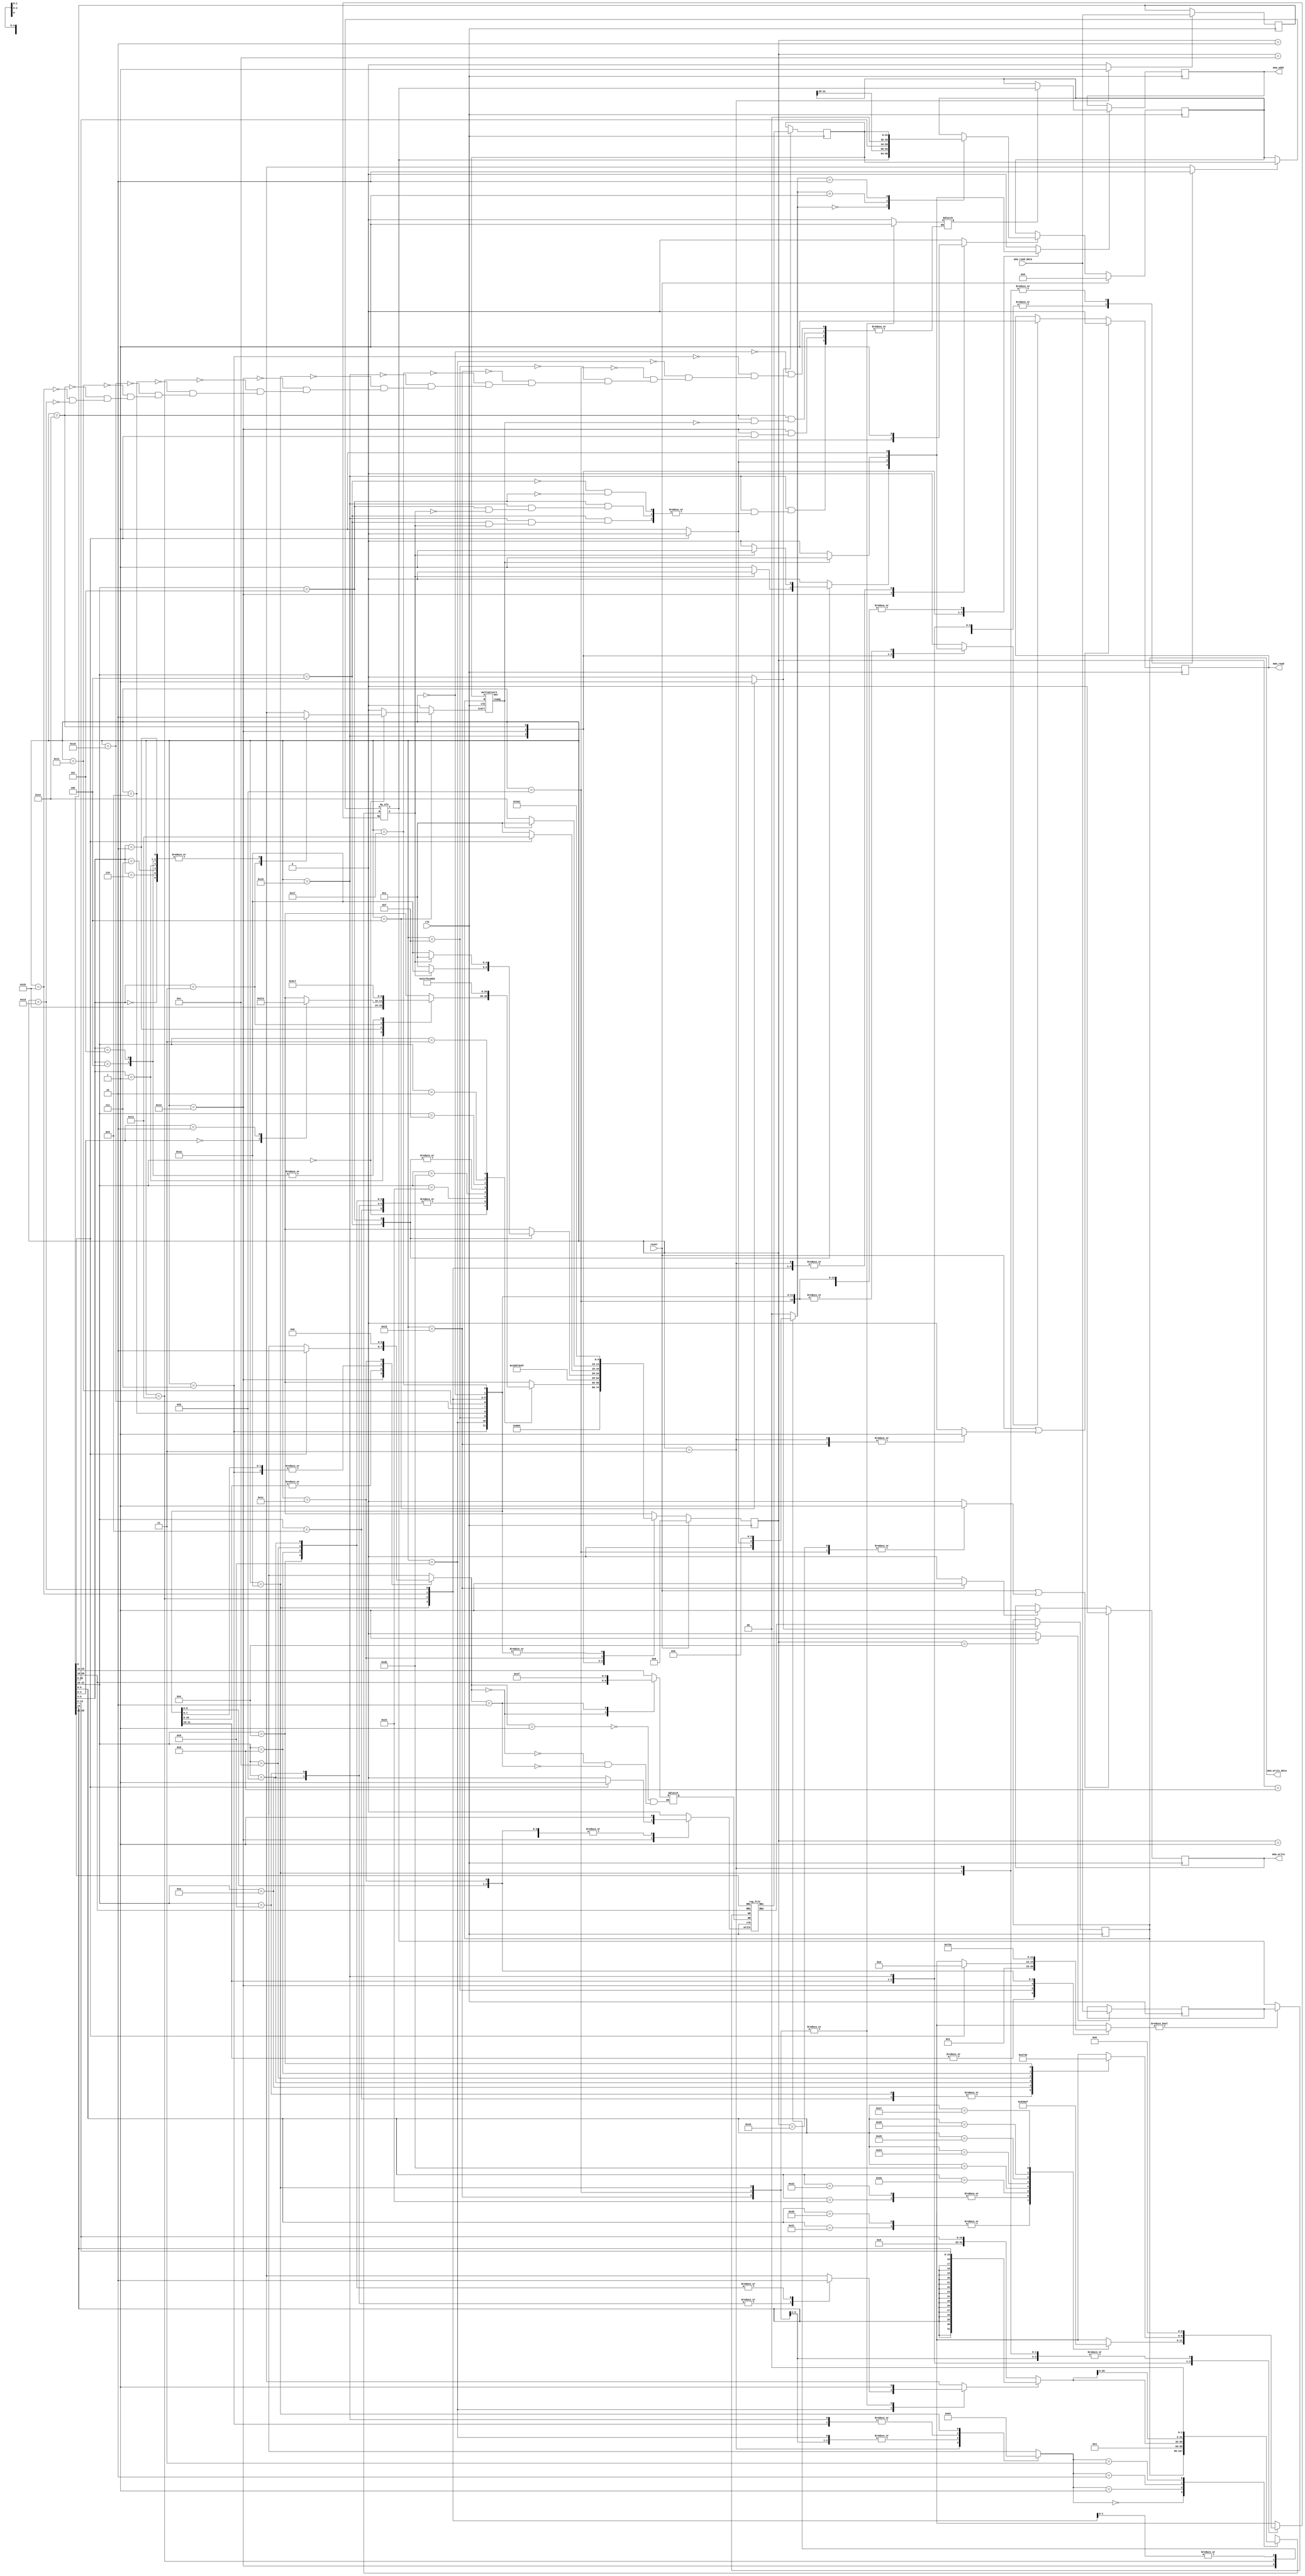
//================================
//  Shayan GhalehDar - 97102271
//================================

`timescale 1ns/100ps

   `define ADD  3'b000
   `define SUB  3'b001
   `define SLT  3'b010
   `define SLTU 3'b011
   `define AND  3'b100
   `define XOR  3'b101
   `define OR   3'b110
   `define NOR  3'b111

module multi_cycle_mips(

   input clk,
   input reset,

   // Memory Ports
   output  [31:0] mem_addr,
   input   [31:0] mem_read_data,
   output  [31:0] mem_write_data,
   output         mem_read,
   output         mem_write
);

   // Data Path Registers
   reg MRE, MWE;//memory write enable and memory read enable
   reg [31:0] A, B, PC, IR, MDR, MAR;//MDR = memory data register & MAR = memory addres register & IR = instruction register

   // Data Path Control Lines, donot forget, regs are not always regs !!
   reg setMRE, clrMRE, setMWE, clrMWE;//memory read & write enable
   reg Awrt, Bwrt, RFwrt, PCwrt, IRwrt, MDRwrt, MARwrt, IorD;
   reg [1:0] PCSrc;
   reg [31:0] hi;
   reg [31:0] lo;
   reg mult_start;
   reg ready_mult;

   wire mul_start = mult_start;
   wire [63:0]Out_w = {hi , lo};
   wire ready_mul = ready_mult;

   // Memory Ports Binding
   assign mem_addr = MAR;//memory address register
   assign mem_read = MRE;
   assign mem_write = MWE;
   assign mem_write_data = B;

   // Mux & ALU Control Lines
   reg [2:0] aluOp;
   reg [1:0] aluSelB;
   reg SgnExt, aluSelA;
   reg [2:0]MemtoReg;
   reg [1:0]RegDst;
   
   // Wiring
   wire aluZero;
   wire [31:0] aluResult, rfRD1, rfRD2;
   wire [31:0] pcjump;
   assign pcjump = {PC [31:28] , IR[25:0] , 2'b00 };

   // Clocked Registers
   always @( posedge clk ) begin
      if( reset )
         PC <= #0.1 32'h00000000;
      else if( PCwrt )
		case(PCSrc)
			2'b00: PC <= #0.1 aluResult;
			2'b01: PC <= #0.1 pcjump;
			2'b10: PC <= #0.1 A;
		endcase
      if( Awrt ) A <= #0.1 rfRD1;
      if( Bwrt ) B <= #0.1 rfRD2;

      if( MARwrt ) MAR <= #0.1 IorD ? aluResult : PC;

      if( IRwrt ) IR <= #0.1 mem_read_data;
      if( MDRwrt ) MDR <= #0.1 mem_read_data;//when we want to load we read data from data memory(the lower mux)

      if( reset | clrMRE ) MRE <= #0.1 1'b0;
          else if( setMRE) MRE <= #0.1 1'b1;

      if( reset | clrMWE ) MWE <= #0.1 1'b0;
          else if( setMWE) MWE <= #0.1 1'b1;
   end

   //mux_regdst
   reg [4:0]A3;
   always@(*)
    begin
	case(RegDst)
		2'b01:A3 = IR[15:11];
		2'b00:A3 = IR[20:16];
		2'b10:A3 = 5'b11111;
    endcase
	end
	
	 //mux_memtoreg
   reg [31:0]WD3;
   always@(*)
    begin
	case(MemtoReg)
		3'b001:WD3 = MDR;
		3'b000:WD3 = aluResult;
		3'b010:WD3 = PC;
		3'b011:WD3 = IR[15:0]<< 16;
		3'b100:WD3 = hi;
		3'b101:WD3 = lo;
    endcase
	end
	
   // Register File
   reg_file rf(
      .clk( clk ),
      .write( RFwrt ),

      .RR1( IR[25:21] ),
      .RR2( IR[20:16] ),
      .RD1( rfRD1 ),
      .RD2( rfRD2 ),

      .WR( A3 ),
      .WD( MemtoReg ? MDR : aluResult )
   );

   // Sign/Zero Extension
   wire [31:0] SZout = SgnExt ? {{16{IR[15]}}, IR[15:0]} : {16'h0000, IR[15:0]};//SgnExt = 1 => SZout = signextnd (imm) and Sgnext = 0 => SZot = zeroext (imm)

   // ALU-A Mux
   wire [31:0] aluA = aluSelA ? A : PC;

   // ALU-B Mux
   reg [31:0] aluB;
   always @(*)
   case (aluSelB)
      2'b00: aluB = B;
      2'b01: aluB = 32'h4;
      2'b10: aluB = SZout;
      2'b11: aluB = SZout << 2;
   endcase

   my_alu alu(
      .A( aluA ),
      .B( aluB ),
      .Op( aluOp ),

      .X( aluResult ),
      .Z( aluZero )
   );
   
   multiplier4 ml(
	 .clk(clk),
	 .A(A),
	 .B(B),
	 .start(mul_start),
	 .ready(ready_mul),
	 .Out(Out_w)
   );
   /////////////////////////////out


   // Controller Starts Here

   // Controller State Registers
   reg [4:0] state, nxt_state;

   // State Names & Numbers
   localparam
    RESET = 0, FETCH1 = 1, FETCH2 = 2, FETCH3 = 3, DECODE = 4,
    EX_ALU_R = 7, EX_ALU_I = 8,EX_LUI = 9,
    EX_LW_1 = 11, EX_LW_2 = 12, EX_LW_3 = 13, EX_LW_4 = 14, EX_LW_5 = 15,
	EX_MFHI = 16, EX_MFLO = 17,
	EX_J = 18, EX_JL = 19,
    EX_SW_1 = 21, EX_SW_2 = 22, EX_SW_3 = 23,
    EX_BRA_1 = 25, EX_BRA_2 = 26,
    EX_JR = 27, EX_JLR1 = 28, EX_JLR2 = 29,
	EX_MULT = 30;

   // State Clocked Register 
   always @(posedge clk)
      if(reset)
         state <= #0.1 RESET;
      else
         state <= #0.1 nxt_state;

   task PrepareFetch;
      begin
         IorD = 0;
         setMRE = 1;
         MARwrt = 1;
         nxt_state = FETCH1;
      end
   endtask

   // State Machine Body Starts Here
   always @( * ) begin

      nxt_state = 'bx;

      aluOp = 'bx; SgnExt = 'bx;
      aluSelA = 'bx; aluSelB = 'bx;
      MemtoReg = 'bx; RegDst = 'bx;

      PCwrt = 0; PCSrc = 0;
      Awrt = 0; Bwrt = 0;
      RFwrt = 0; IRwrt = 0;
      MDRwrt = 0; MARwrt = 0;
      setMRE = 0; clrMRE = 0;
      setMWE = 0; clrMWE = 0;
	  mult_start = 0;

      case(state)

         RESET:
            PrepareFetch;

         FETCH1:
            nxt_state = FETCH2;

         FETCH2:
            nxt_state = FETCH3;

         FETCH3: begin
            IRwrt = 1;
            PCwrt = 1;
            clrMRE = 1;
            aluSelA = 0;
            aluSelB = 2'b01;
            aluOp = `ADD;
            nxt_state = DECODE;//pc = pc + 4; done!
         end

		DECODE: begin
            Awrt = 1;
            Bwrt = 1;
            case( IR[31:26] )
                6'b000_000:             // R-format
                  case( IR[5:3] )
                     3'b000: ;
                     3'b001: nxt_state = EX_JR;
                     3'b010: case( IR[2:0] )
						3'b000: nxt_state = EX_MFHI;
						3'b010: nxt_state = EX_MFLO;
					 endcase
                     3'b011: begin nxt_state = EX_MULT; mult_start = 1; end
                     3'b100: nxt_state = EX_ALU_R;//add(u) & sub(u) & and & or & xor & nor
                     3'b101: nxt_state = EX_ALU_R;//slt & sltu
                     3'b110: ;
                     3'b111: ;
                  endcase

               6'b001_000,             // addi
               6'b001_001,             // addiu
               6'b001_010,             // slti
               6'b001_011,             // sltiu
               6'b001_100,             // andi
               6'b001_101,             // ori
               6'b001_110:             // xori
                  nxt_state = EX_ALU_I;

               6'b100_011:
                  nxt_state = EX_LW_1;

               6'b101_011:
                  nxt_state = EX_SW_1;

               6'b000_100,
               6'b000_101:
                  nxt_state = EX_BRA_1;//beq & bne
				6'b001_111:
					nxt_state = EX_LUI;
					
				6'b000_010:
					nxt_state = EX_J;
				6'b000_011:
					nxt_state = EX_JL;
					
					
                  
                  

               // rest of instructiones should be decoded here

            endcase
         end

		EX_ALU_R: begin
	    aluSelA = 1;
	    aluSelB = 2'b00;
	    case(IR[5:0])
		6'b100_000,
		6'b100_001:
		    aluOp = `ADD;
		6'b100_010,
		6'b100_011:
		    aluOp = `SUB;
		6'b101_010:
		    aluOp = `SLT;
		6'b101_011:
		    aluOp = `SLTU;
		6'b100_100:
		    aluOp = `AND;
		6'b100_101:
		    aluOp = `OR;
		6'b100_110:
		    aluOp = `XOR;
		6'b100_111:
		    aluOp = `NOR;
		default : aluOp = 3'bxxx;
	    endcase
	    RegDst = 1;
	    MemtoReg = 0;
	    RFwrt = 1;
		PCwrt = 0;
        PrepareFetch;
         end

		EX_ALU_I: begin
        aluSelA = 1;
	    aluSelB = 2'b10;
	    case(IR[31:26])//for operation
		6'b001_000,
		6'b001_001:
		    aluOp = `ADD;
		6'b001_010:
		    aluOp = `SLT;
		6'b001_011:
		    aluOp = `SLTU;
		6'b001_100:
		    aluOp = `AND;
		6'b001_101:
		    aluOp = `OR;
		6'b001_110:
		    aluOp = `XOR;
		default : aluOp = 3'bxxx;
	    endcase
	    case (IR[31:26])//for true extend of imm
		6'b001_000,//addi
		6'b001_010://slti
		    SgnExt = 1'b1;//addi & slti need signext of imm not zero extend
		6'b001_010,
		6'b001_011,
		6'b001_100,
		6'b001_101,
		6'b001_110:
		    SgnExt = 1'b0;
		default : SgnExt = 1'bx;
	    endcase
	    RegDst = 0;
	    MemtoReg = 0;
	    RFwrt = 1;
		PCwrt = 0;
		PrepareFetch;
         end

		EX_LW_1: begin
			IRwrt = 0;
			SgnExt = 1;
			aluSelA = 1;
			aluSelB = 2'b10;
			aluOp = `ADD;
			IorD = 1;
			setMRE = 1;
			clrMWE = 1;
			MARwrt = 1;
			IRwrt = 0;
			PCwrt = 0;
			nxt_state = EX_LW_2;
		end

		EX_LW_2: begin
        nxt_state = EX_LW_3;
	end

		EX_LW_3: begin
            nxt_state = EX_LW_4;
	 end

		EX_LW_4: begin
            nxt_state = EX_LW_5;
			MDRwrt = 1;
		end

		EX_LW_5: begin
			MemtoReg = 1;
			RegDst = 0;
			RFwrt = 1;
			PrepareFetch;
		end

		EX_SW_1: begin
			SgnExt = 1;
			aluSelA = 1;
			aluSelB = 2'b10;
			aluOp = `ADD;
			IorD = 1;
			clrMRE = 1;
			setMWE = 1;
			MARwrt = 1;
			PCwrt = 0;
			IRwrt = 0;
			nxt_state = EX_SW_2;
		end
		
		EX_SW_2: begin
			clrMWE = 1;
			nxt_state = EX_SW_3;
		end
		
		EX_SW_3: begin
			PrepareFetch;
		end

        EX_BRA_1: begin
			aluSelA = 1;
			aluSelB = 2'b00;
			aluOp = `SUB;
			PCwrt = 0;
			case (IR[31:26])
				6'b000_100://beq
				begin
					if(aluZero)
						nxt_state = EX_BRA_2;
					else
						PrepareFetch;
				end
				6'b000_101://bne
				begin
					if(!aluZero)
						nxt_state = EX_BRA_2;
					else
						PrepareFetch;
				end
			endcase		
        end
		
		EX_BRA_2: begin
			SgnExt = 1;
			aluSelA = 0;
			aluSelB = 2'b11;
			aluOp = `ADD;
			PCwrt = 1;
			IorD = 1;
			setMRE = 1;
			MARwrt = 1;
			nxt_state = FETCH1;
		end
		
		EX_J: begin
			if(IR[0])
			begin
				MemtoReg = 3'b010;
				RegDst = 2'b10;
				RFwrt = 1;
				nxt_state = EX_JL;
			end
			else
			begin
				PCSrc = 1;
				PCwrt = 1;
				PrepareFetch;
			end
			
		end
		
		EX_JL: begin
			PCSrc = 1;
			PCwrt = 1;
			PrepareFetch;	
		end
		
		EX_LUI: begin
			RegDst = 0;
			MemtoReg = 3'b011;
			RFwrt = 1;
			PCwrt = 0;
			PrepareFetch;
		end
		
		EX_MFHI: begin
			RegDst = 1;
			MemtoReg = 3'b100;
			RFwrt = 1;
			PCwrt = 0;
			PrepareFetch;
		end
		
		EX_MFLO: begin
			RegDst = 1;
			MemtoReg = 3'b101;
			RFwrt = 1;
			PCwrt = 0;
			PrepareFetch;
		end
		
		EX_MULT: begin
			if(ready_mult)
			begin
				PrepareFetch;
				mult_start = 0;
			end
			else
			begin
				nxt_state = EX_MULT;
			end
		end

		EX_JR: begin
			PCSrc = 2'b10;
			PCwrt = 1;
			PrepareFetch;
		end
		
		EX_JLR1: begin
			MemtoReg = 3'b010;
			RegDst = 2'b10;
			RFwrt = 1;
			nxt_state = EX_JLR2;
		end
		
		EX_JLR2: begin
			PCSrc = 2'b10;
			PCwrt = 1;
			PrepareFetch;
		end
		
	endcase
	

   end

endmodule








//==============================================================================

module my_alu(
   input [2:0] Op,
   input [31:0] A,
   input [31:0] B,

   output [31:0] X,
   output        Z
);

   wire sub = Op != `ADD;

   wire [31:0] bb = sub ? ~B : B;

   wire [32:0] sum = A + bb + sub;

   wire sltu = ! sum[32];

   wire v = sub ? 
        ( A[31] != B[31] && A[31] != sum[31] )
      : ( A[31] == B[31] && A[31] != sum[31] );

   wire slt = v ^ sum[31];

   reg [31:0] x;

   always @( * )
      case( Op )
         `ADD : x = sum;
         `SUB : x = sum;
         `SLT : x = slt;
         `SLTU: x = sltu;
         `AND : x =   A & B;
         `OR  : x =   A | B;
         `NOR : x = ~(A | B);
         `XOR : x =   A ^ B;
         default : x = 32'hxxxxxxxx;
      endcase

   assign #2 X = x;
   assign #2 Z = x == 32'h00000000;

endmodule

//==============================================================================

module reg_file(
   input clk,
   input write,
   input [4:0] WR,
   input [31:0] WD,
   input [4:0] RR1,
   input [4:0] RR2,
   output [31:0] RD1,
   output [31:0] RD2
);

   reg [31:0] rf_data [0:31];

   assign #2 RD1 = rf_data[ RR1 ];
   assign #2 RD2 = rf_data[ RR2 ];   

   always @( posedge clk ) begin
      if ( write )
         rf_data[ WR ] <= WD;

      rf_data[0] <= 32'h00000000;//we should not write on register 0
   end

endmodule

//==============================================================================

module multiplier4
(
   input clk,  
   input start,
   input [31 :0] A, 
   input [31 :0] B, 
   output [63 : 0] Out,
   output ready
    );

reg [32  :0] Multiplicand ;
reg [31:0] Multiplier;
reg [2*31 :0] Product;
integer counter;

wire sub = counter == 31; 
wire [32 :0]adder_output; 
wire [32 :0]in;
wire [32 :0]innot;

assign adder_output = innot + {Product[2*31] ,Product[2*31 : 32]} + sub;
assign in = Multiplier[0] ? Multiplicand : 0;
assign innot = sub ? ~in : in; 
assign ready = counter == 32 ;
assign Out = Product;
 

always @ (posedge clk)
   if(start) begin
      counter <= 0 ;
      Multiplier <= B;
      Product <= 0;
      Multiplicand <= {A[31], A} ;
   end

	else if(! ready) begin
         	counter <= counter + 1;
        	Multiplier <= Multiplier >> 1;
			Product <= {adder_output , Product[31:1]};
  	end   

endmodule